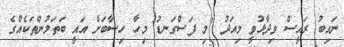
ނައިބު ރައީސް ވިދާޅުވީ މިއަދު "މި ފަސްގަނޑު މިހާ ހިސާބަށް އައީ ބަތަލުންތަކެއްގެ